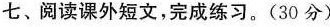
七、阅读课外短文，完成练习。(30分)